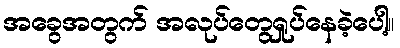
အခွေအတွက် အလုပ်တွေရှုပ်နေခဲ့ပေါ့။